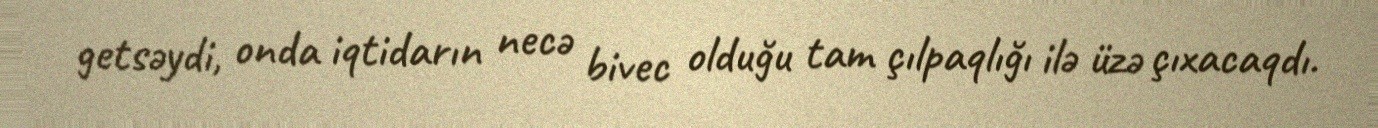
getsəydi, onda iqtidarın necə bivec olduğu tam çılpaqlığı ilə üzə çıxacaqdı.